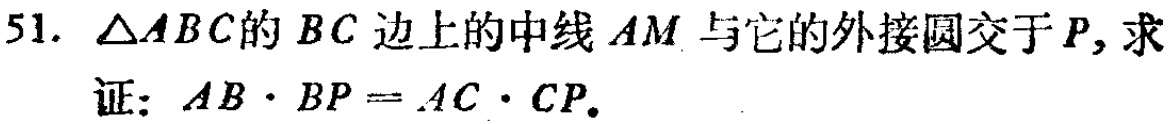
51. $\triangle ABC$的$BC$边上的中线$AM$与它的外接圆交于$P$, 求
证：$AB\cdot BP = AC\cdot CP$.